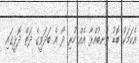
އެކަމަކު ބޮޑު ތުނބުއްޅާ އެއް ހުރި ދޯ އެ ބަދަވީގެ ދަތް ދޮޅީގައި.